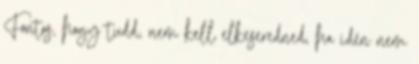
Fontos, hogy tudd, nem kell elkeseredned, ha idén nem